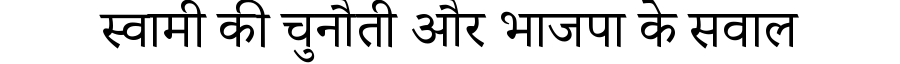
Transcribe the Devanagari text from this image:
स्वामी की चुनौती और भाजपा के सवाल